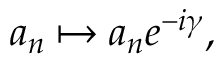
\begin{array} { r } { a _ { n } \mapsto a _ { n } e ^ { - i \gamma } , } \end{array}